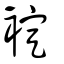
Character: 䘺